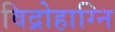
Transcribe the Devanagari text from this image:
विद्रोहाग्नि